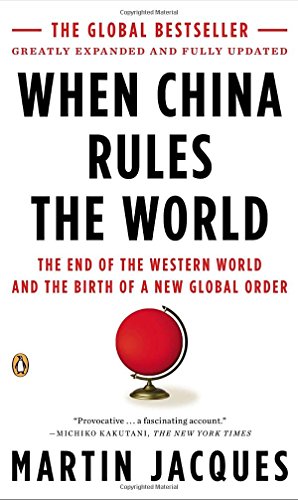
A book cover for When China Rules the World: The End of the Western World and the Birth of a New Global Order: Second Edition; Martin Jacques; History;